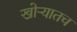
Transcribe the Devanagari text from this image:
खोऱ्यातच